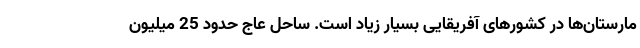
مارستان‌ها در کشورهای آفریقایی بسیار زیاد است. ساحل عاج حدود 25 میلیون